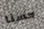
حسنا